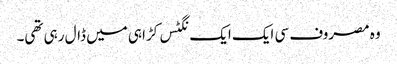
وہ مصروف سی ایک ایک نگٹس کڑاہی میں ڈال رہی تھی۔